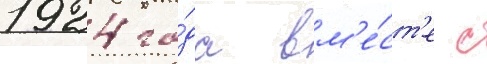
1924 го́да вм'е́ст'е с